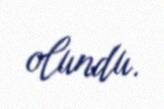
olundu.